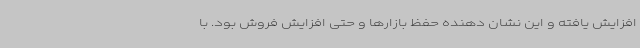
افزایش یافته و این نشان دهنده حفظ بازارها و حتی افزایش فروش بود. با